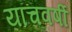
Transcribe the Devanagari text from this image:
याचवर्षी